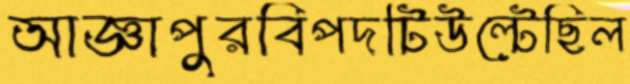
আজ্ঞাপুরবিপদটিউল্‌টেছিল